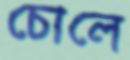
চোলে